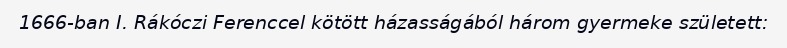
1666-ban I. Rákóczi Ferenccel kötött házasságából három gyermeke született: